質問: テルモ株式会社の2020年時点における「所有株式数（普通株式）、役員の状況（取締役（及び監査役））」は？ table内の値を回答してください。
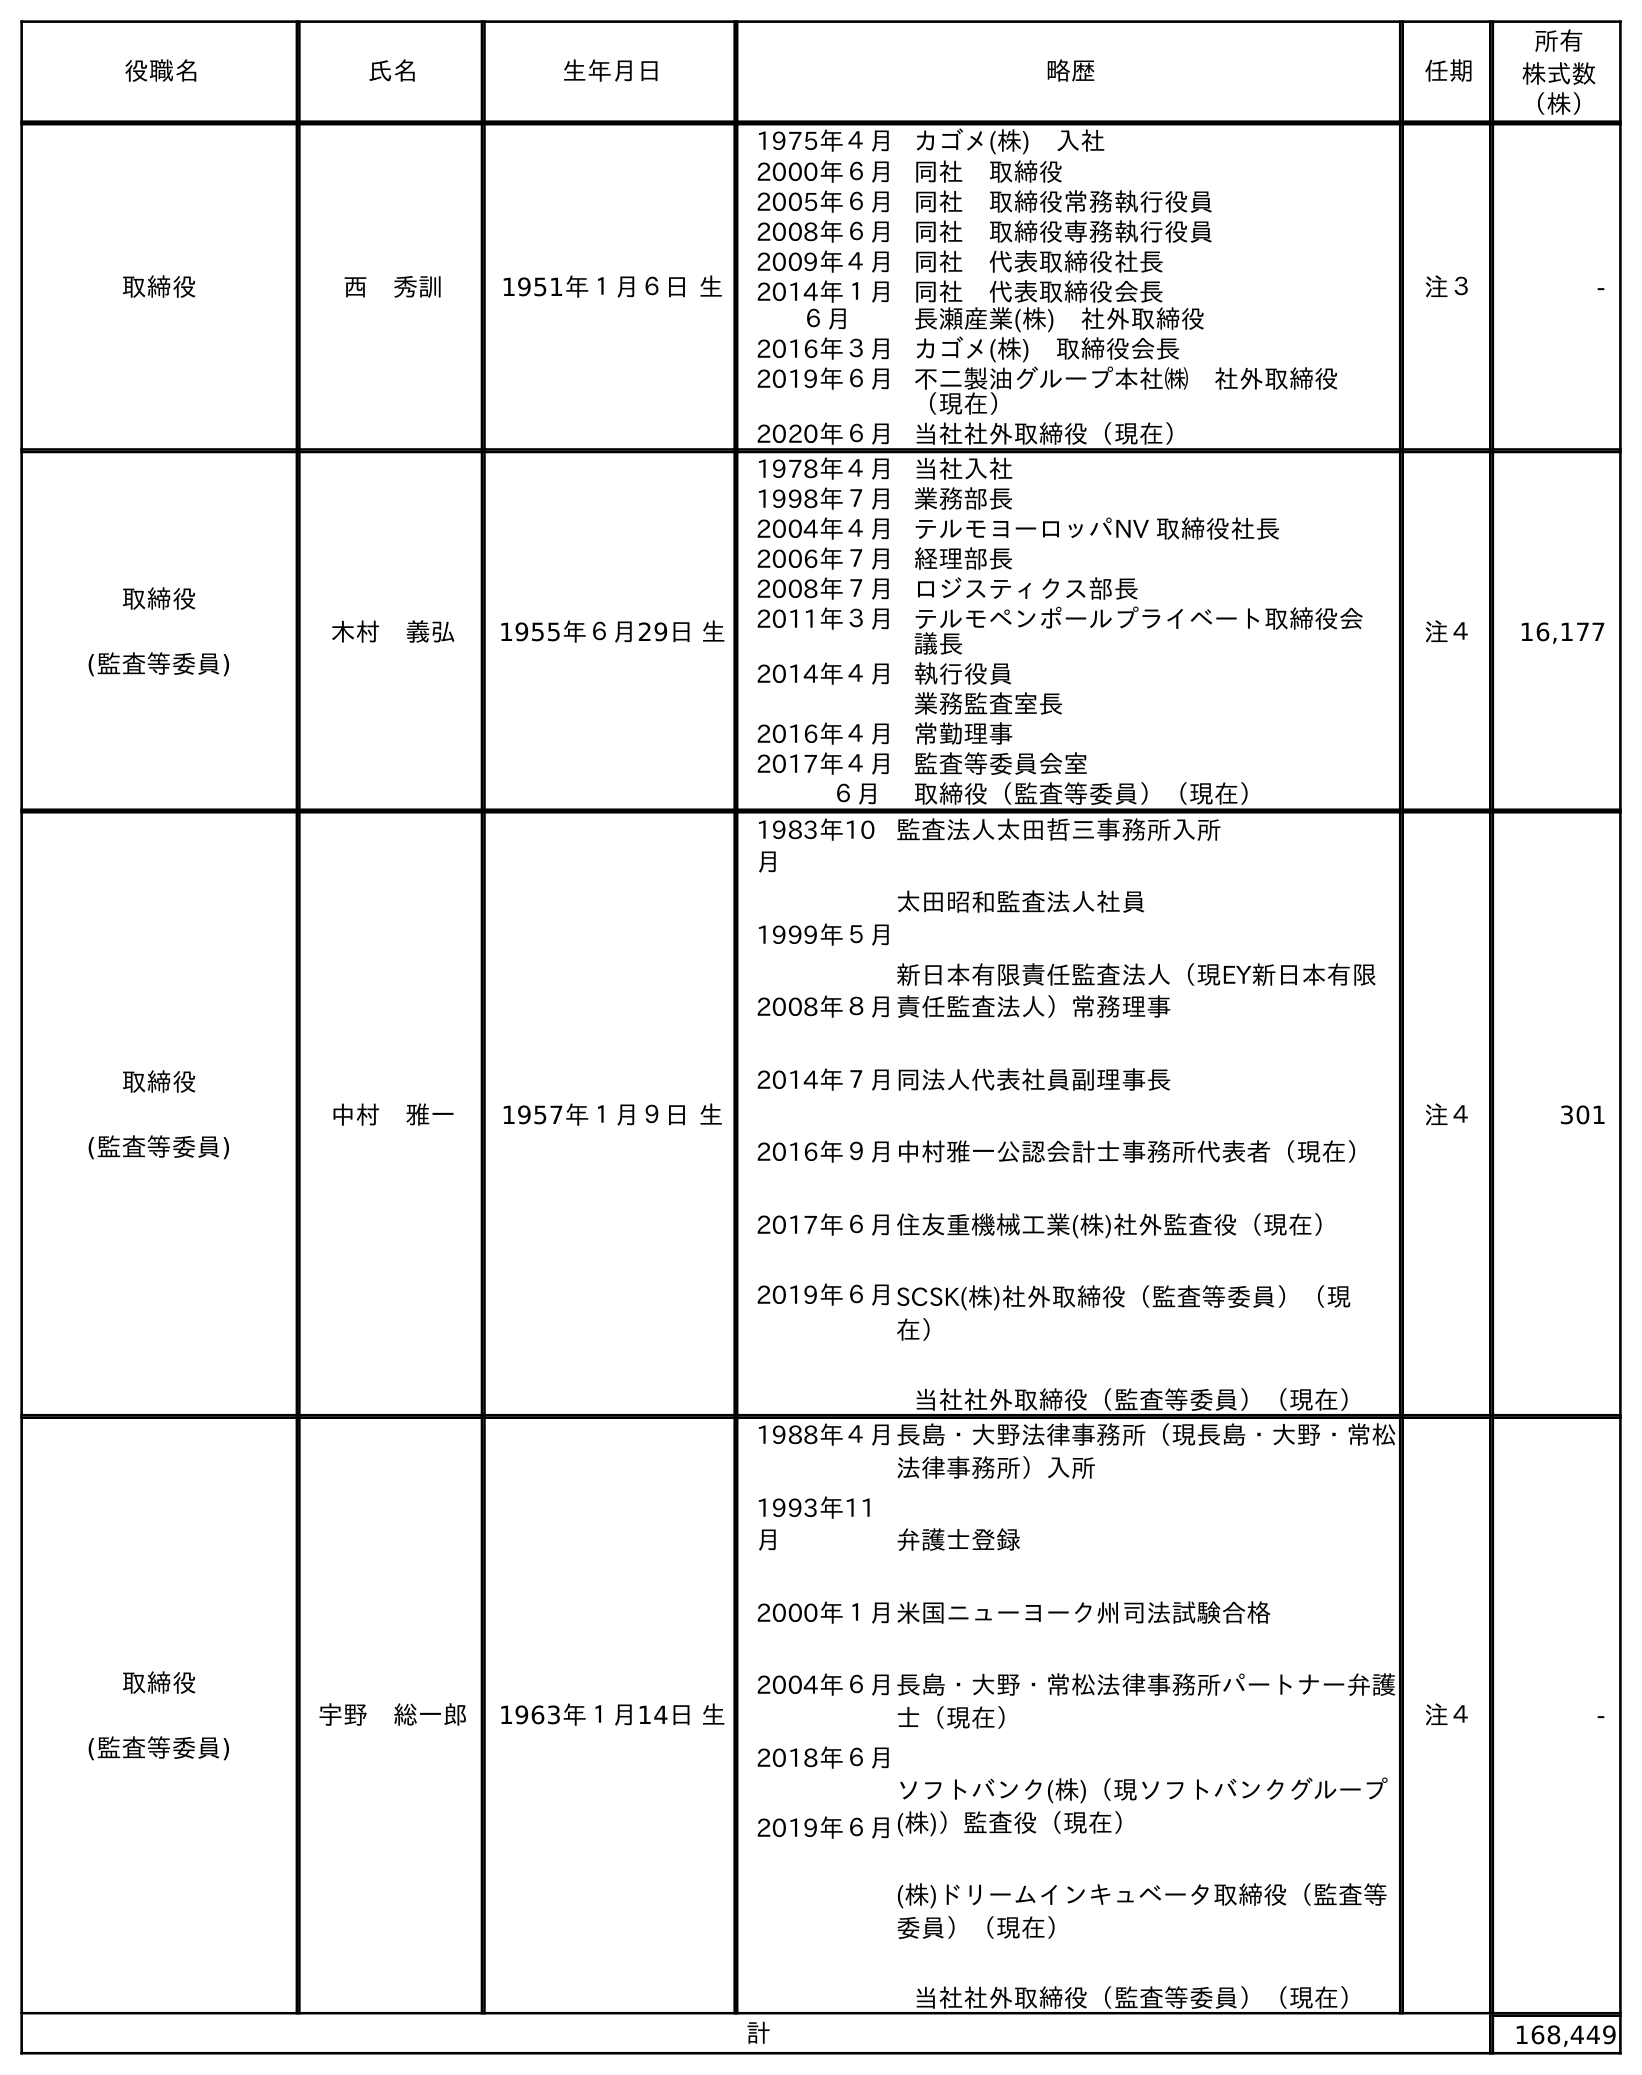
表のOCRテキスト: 役職名 氏名 生年月日 略歴 任期 所有 株式数 （株） 取締役 西 秀訓 1951年１月６日 生 1975年４月カゴメ(株) 入社 2000年６月同社 取締役 2005年６月同社 取締役常務執行役員 2008年６月同社 取締役専務執行役員 2009年４月同社 代表取締役社長 2014年１月 ６月 同社 代表取締役会長 長瀬産業(株) 社外取締役 2016年３月カゴメ(株) 取締役会長 2019年６月不二製油グループ本社㈱ 社外取締役 （現在） 2020年６月当社社外取締役（現在） 注３ - 取締役 (監査等委員) 木村 義弘 1955年６月29日 生 1978年４月当社入社 1998年７月業務部長 2004年４月テルモヨーロッパNV 取締役社長 2006年７月経理部長 2008年７月ロジスティクス部長 2011年３月テルモペンポールプライベート取締役会 議長 2014年４月執行役員 業務監査室長 2016年４月常勤理事 2017年４月監査等委員会室 ６月 取締役（監査等委員）（現在） 注４ 16,177 取締役 (監査等委員) 中村 雅一 1957年１月９日 生 1983年10 月 1999年５月 2008年８月 2014年７月 2016年９月 2017年６月 2019年６月 監査法人太田哲三事務所入所 太田昭和監査法人社員 新日本有限責任監査法人（現EY新日本有限 責任監査法人）常務理事 同法人代表社員副理事長 中村雅一公認会計士事務所代表者（現在） 住友重機械工業(株)社外監査役（現在） SCSK(株)社外取締役（監査等委員）（現 在） 当社社外取締役（監査等委員）（現在） 注４ 301 取締役 (監査等委員) 宇野 総一郎 1963年１月14日 生 1988年４月 1993年11 月 2000年１月 2004年６月 2018年６月 2019年６月 長島・大野法律事務所（現長島・大野・常松 法律事務所）入所 弁護士登録 米国ニューヨーク州司法試験合格 長島・大野・常松法律事務所パートナー弁護 士（現在） ソフトバンク(株)（現ソフトバンクグループ (株)）監査役（現在） (株)ドリームインキュベータ取締役（監査等 委員）（現在） 当社社外取締役（監査等委員）（現在） 注４ - 計 168,449
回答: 168,449